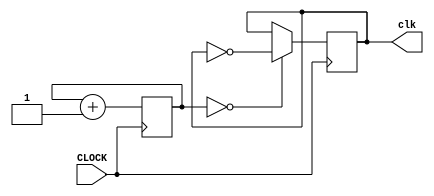
`timescale 1ns / 1ps
//////////////////////////////////////////////////////////////////////////////////
// Company: 
// Engineer: 
// 
// Design Name: 
// Module Name: clk6p25m
// Project Name: 
// Target Devices: 
// Tool Versions: 
// Description: 
// 
// Dependencies: 
// 
// Revision:
// Revision 0.01 - File Created
// Additional Comments:
// 
//////////////////////////////////////////////////////////////////////////////////


module clk6p25m(input CLOCK, output reg clk = 0

    );
    reg [2:0]count = 3'b0;
   
    
    always @ (posedge CLOCK) begin
        count <= count + 1;
        clk <= (count == 3'b0) ? ~clk : clk;
    end
endmodule